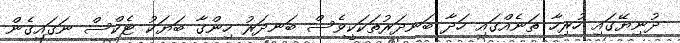
ދުނިޔޭގައި ހުރިހާ ތަނެއްގައި ހަދާ ބަނދަރުތަކަކީވެސް ބަނދަރު ހިންގާ ބަޔަކު ޓެކްސް ނަގައިގެން